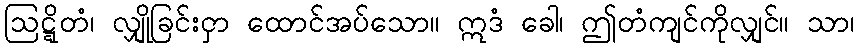
ဩဋ္ဋိတံ၊ လျှိုခြင်းငှာ ထောင်အပ်သော။ ဣဒံ ခေါ၊ ဤတံကျင်ကိုလျှင်။ သာ၊